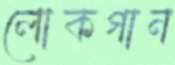
লোকগান